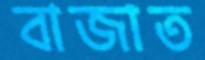
বাজাত